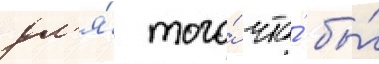
дл'я́ того́ что́ бы́